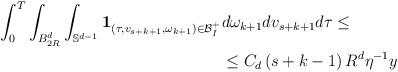
LaTeX: \begin{align*}\begin{aligned}\int_0^T \int_{B_{2R}^d} \int_{\mathbb{S}^{d-1}} \mathbf{1}_{\left(\tau,v_{s+k+1},\omega_{k+1}\right) \in \mathcal{B}^+_I}& d\omega_{k+1} dv_{s+k+1} d\tau \leq \\& \leq C_d \left(s+k-1\right) R^d \eta^{-1} y\end{aligned}\end{align*}